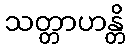
သတ္တာဟန္တိ